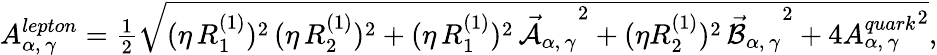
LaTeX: A_{\alpha,\, \gamma}^{lepton}=\textstyle{\frac{1}{2}}\sqrt{(\eta\, {R_{1}^{(1)}})^{2}\, (\eta\, {R_{2}^{(1)}})^{2}+(\eta\, {R_{1}^{(1)}})^{2}\, {\vec{\cal A}_{\alpha,\, \gamma}}^{2}+(\eta{R_{2}^{(1)}})^{2}\, {\vec{\cal B}_{\alpha,\, \gamma}}^{2}+4{A_{\alpha,\, \gamma}^{quark}}^{2}},